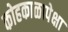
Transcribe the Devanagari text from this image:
कोहकाळापेक्षा